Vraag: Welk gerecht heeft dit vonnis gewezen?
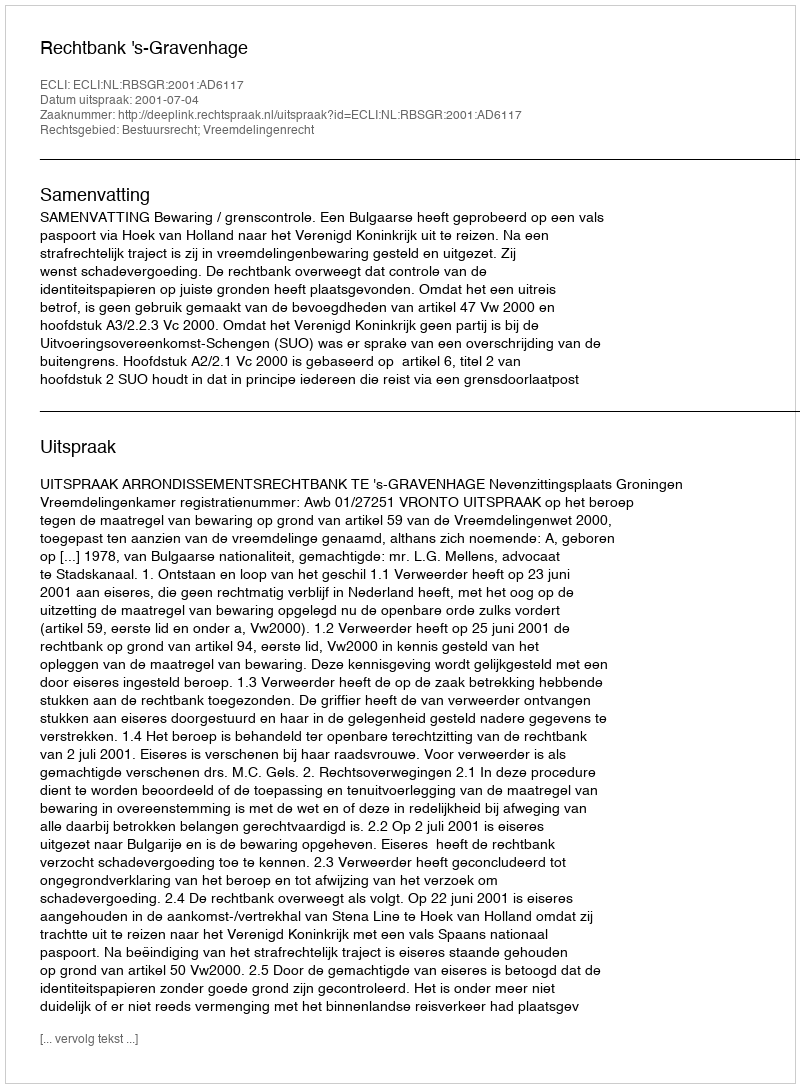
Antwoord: Rechtbank 's-Gravenhage